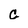
Character: G